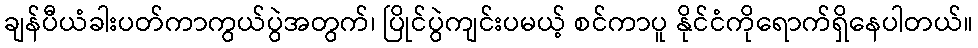
ချန်ပီယံခါးပတ်ကာကွယ်ပွဲအတွက်၊ ပြိုင်ပွဲကျင်းပမယ့် စင်ကာပူ နိုင်ငံကိုရောက်ရှိနေပါတယ်။